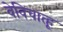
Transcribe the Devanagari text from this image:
वेविचात्हू